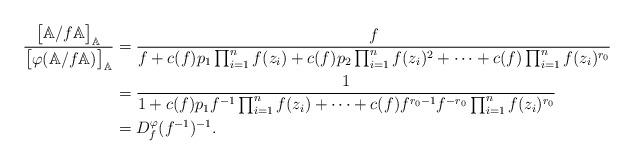
LaTeX: \begin{align*}\frac{\big[\mathbb{A}/f\mathbb{A}\big]_{\mathbb{A}}}{\big[\varphi(\mathbb{A}/f\mathbb{A})\big]_{\mathbb{A}}}&=\frac{f}{f + c(f)p_1\prod_{i=1}^nf(z_i)+ c(f)p_2\prod_{i=1}^nf(z_i)^2 + \dots +c(f)\prod_{i=1}^nf(z_i)^{r_0}}\\&=\frac{1}{1 + c(f)p_1f^{-1}\prod_{i=1}^nf(z_i)+ \dots +c(f)f^{r_0-1}f^{-r_0}\prod_{i=1}^nf(z_i)^{r_0}}\\&=D^{\varphi}_f(f^{-1})^{-1}.\end{align*}